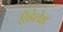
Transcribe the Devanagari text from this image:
ऍडेलेड